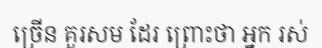
ច្រើន គួរសម ដែរ ព្រោះថា អ្នក រស់